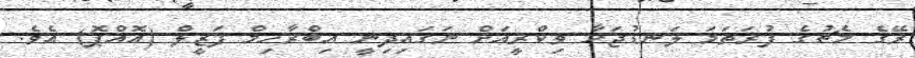
ރޭގެ މެޗުގެ ފުރަތަމަ ލަނޑުޖަހާ ވިކްރީއަށް ނަގައިދިނީ އިބްރާހިމް ފަޒީލް (އޮއްޕޮ) އެވެ.